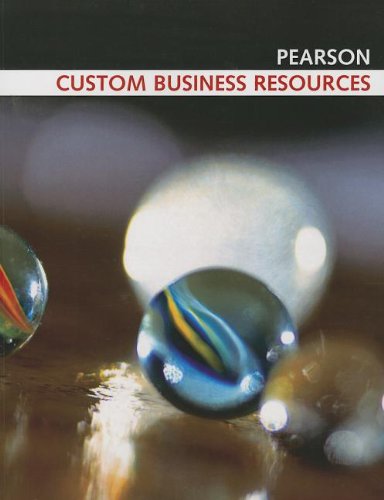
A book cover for Custom Business Resources (Pearson Custom Business Resources); Roger Schmenner; Business & Money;